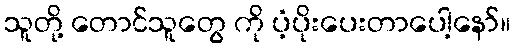
သူတို့ တောင်သူတွေ ကို ပံ့ပိုးပေးတာပေါ့နော်။